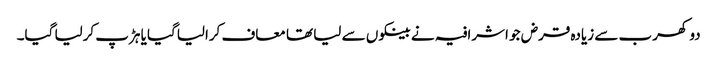
دو کھرب سے زیادہ قرض جو اشرافیہ نے بینکوں سے لیا تھا معاف کرالیاگیا یا ہڑپ کرلیا گیا۔